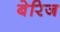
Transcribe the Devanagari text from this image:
बेरिज